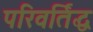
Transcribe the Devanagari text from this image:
परिवर्तिद्ध